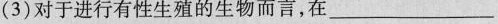
(3)对于进行有性生殖的生物而言，在___